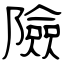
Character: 險